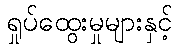
ရှုပ်ထွေးမှုများနှင့်